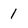
Character: 1